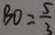
B O = \frac { 5 } { 3 }